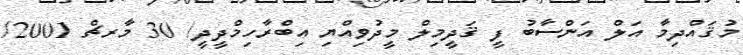
މުޤައްދިމާ އަލް އަންސާބު ފީ ޤަދީމިލް މީދުވިއްޔި އިބްރާހިމްދީދީ/ 30 މާރޗް 2001/